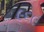
૯૬૯